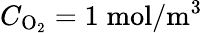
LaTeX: C_{\mathrm{O}_{2}}=1\; \mathrm{mol}/\mathrm{m}^{3}